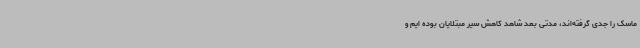
ماسک را جدی گرفته‌اند، مدتی بعد شاهد کاهش سیر مبتلایان بوده ایم و